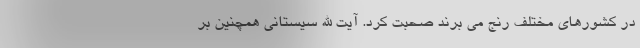
در کشورهای مختلف رنج می برند صحبت کرد. آیت الله سیستانی همچنین بر